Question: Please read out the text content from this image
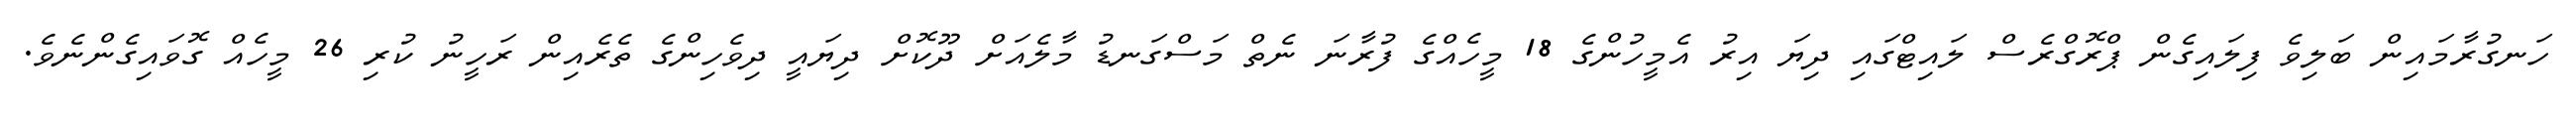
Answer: ހަނގުރާމައިން ބަލިވެ ފިލައިގެން ޕްރޮގްރެސް ލައިޓްގައި ދިޔަ އިރު އެމީހުންގެ 18 މީހެއްގެ ފުރާނަ ނެތް މަސްގަނޑު މާލެއަށް ދޫކޮށް ދިޔައީ ދިވެހިންގެ ތެރެއިން ރަހީނު ކުރި 26 މީހެއް ގޮވައިގެންނެވެ.